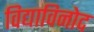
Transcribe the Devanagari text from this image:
विद्याविनोद